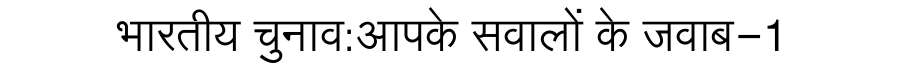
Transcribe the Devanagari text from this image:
भारतीय चुनाव:आपके सवालों के जवाब-1